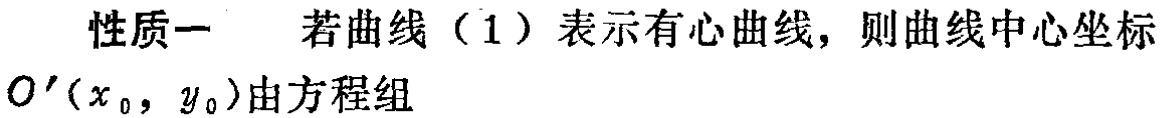
性质一 若曲线（1）表示有心曲线，则曲线中心坐标
\(O'(x_0,y_0)\)由方程组